Lunatic asylums Madras 1892-1911 - 1892-1911
Year: 1892
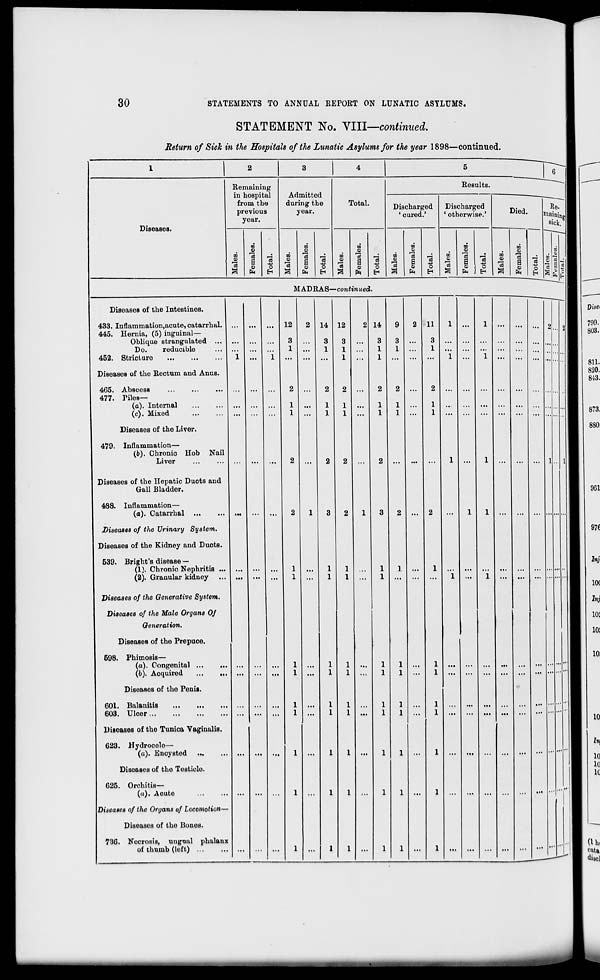
30
STATEMENTS TO ANNUAL REPORT ON LUNATIC ASYLUMS.
STATEMENT No. Ylll—continued.
Return of Sick in the Hospitals of the Lunatic Asylums for the year 1898—continued.
Diseases.
Remaining
in hospital
from the
previous
year.
TO
13
m
6 o
fa
o
Admitted
during the
year.
to
CO
15
3
CO
CD
CD
fa
O
EH
Total.
CO
la
CO
CO
PR
O
M AD RAS—contin ued.
DiseaseB of the Intestines.
433. Inflammation.acute, catarrhal.
445. Hernia, (5) inguinal—
Oblique strangulated ...
Do.
reducible
452. Stricture
DiseaseB of the Rectum and Anus.
465. Abscesa
477. Piles—
(a). Internal
(c). Mixed
Diseases of the Liver.
479. Inflammation—
(6). Chronic Hob Nail
Liver
Diseases of the Hepatic Duots and
Gall Bladder.
488. Inflammation—
(o). Catarrhal
Diseases of the Urinary System.
Diseases of the Kidney and Duots.
539. Bright's disease —
(1). Chronic Nephritis ...
(2). Granular kidney
Diseases of the Generative System.
Diseases of the Male Organs Of
Generation.
Diseases of the Prepuoe.
598. Phimosis—
(«). Congenital
(b). Acquired
Diseases of the Penis.
601. Balanitis
603. Ulcer
Diseases of the Tunica Yaginulis.
623. Hydrocelo—
(a). Encysted
Diseases of tho Testicle.
625. Orchitis—
(a). Aoute
Diseases of the Organs of Locomotion—
Diseases of tho Bones.
736. Necrosis, unguul phalanx
of thumb (left)
12
3
1
14
3
1
12
3
1
1
14
3
1
1
11
3
1